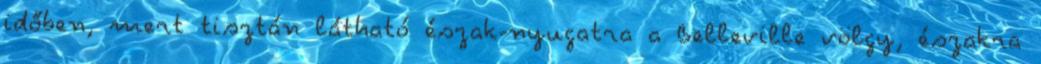
időben, mert tisztán látható észak-nyugatra a Belleville völgy, északra